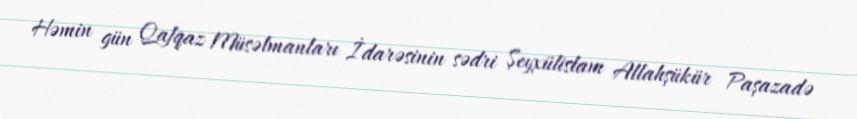
Həmin gün Qafqaz Müsəlmanları İdarəsinin sədri Şeyxülislam Allahşükür Paşazadə